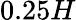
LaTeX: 0.25H